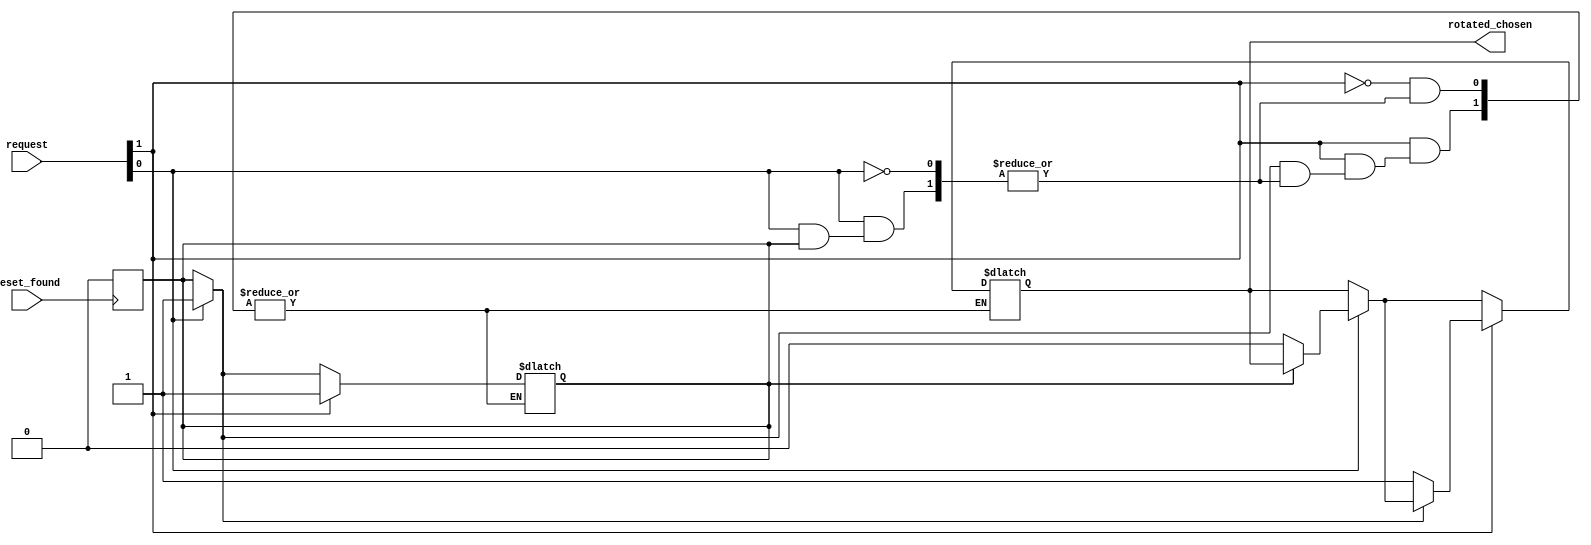
`timescale 1ns / 1ps



module codificador
    #(parameter number_ports = 2)
    (

        
        input reset_found,
        input [number_ports - 1: 0] request,
        output [$clog2(number_ports) - 1: 0] rotated_chosen

    );
    
    
    
    reg found;
    reg [$clog2(number_ports) - 1: 0] aux_chosen;
    
    integer i;
    
    always @(posedge reset_found)
    begin
    
        found = 1'b0;
    
    end
    
    
    
    always @(*)begin
    
        for(i = 0; i < number_ports; i = i + 1)
        begin
        
        
            if(request[i] == 1'b1)
            begin
            
                if(found == 1'b0)
                begin
                
                    found = 1'b1;
                    aux_chosen = i;
                
                end
            
            
            end
        
        end
        
    end
    
    
    assign rotated_chosen = aux_chosen;
    
    
endmodule